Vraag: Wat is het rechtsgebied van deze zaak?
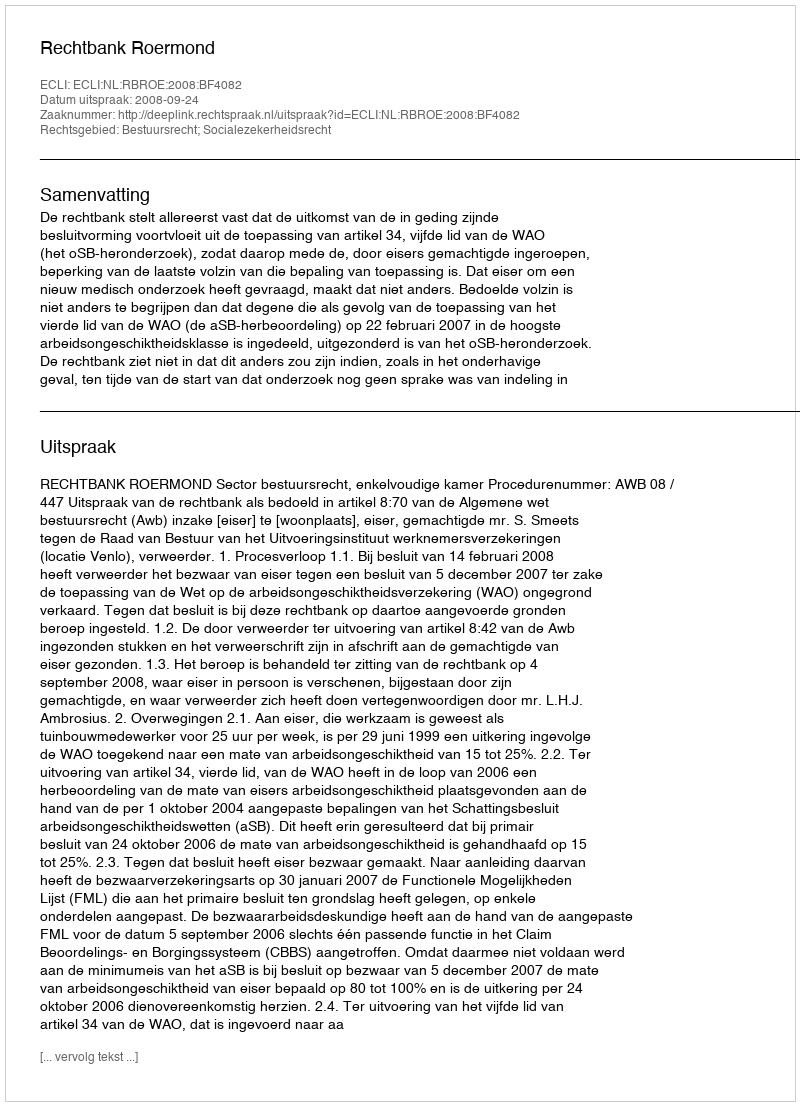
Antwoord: Bestuursrecht; Socialezekerheidsrecht